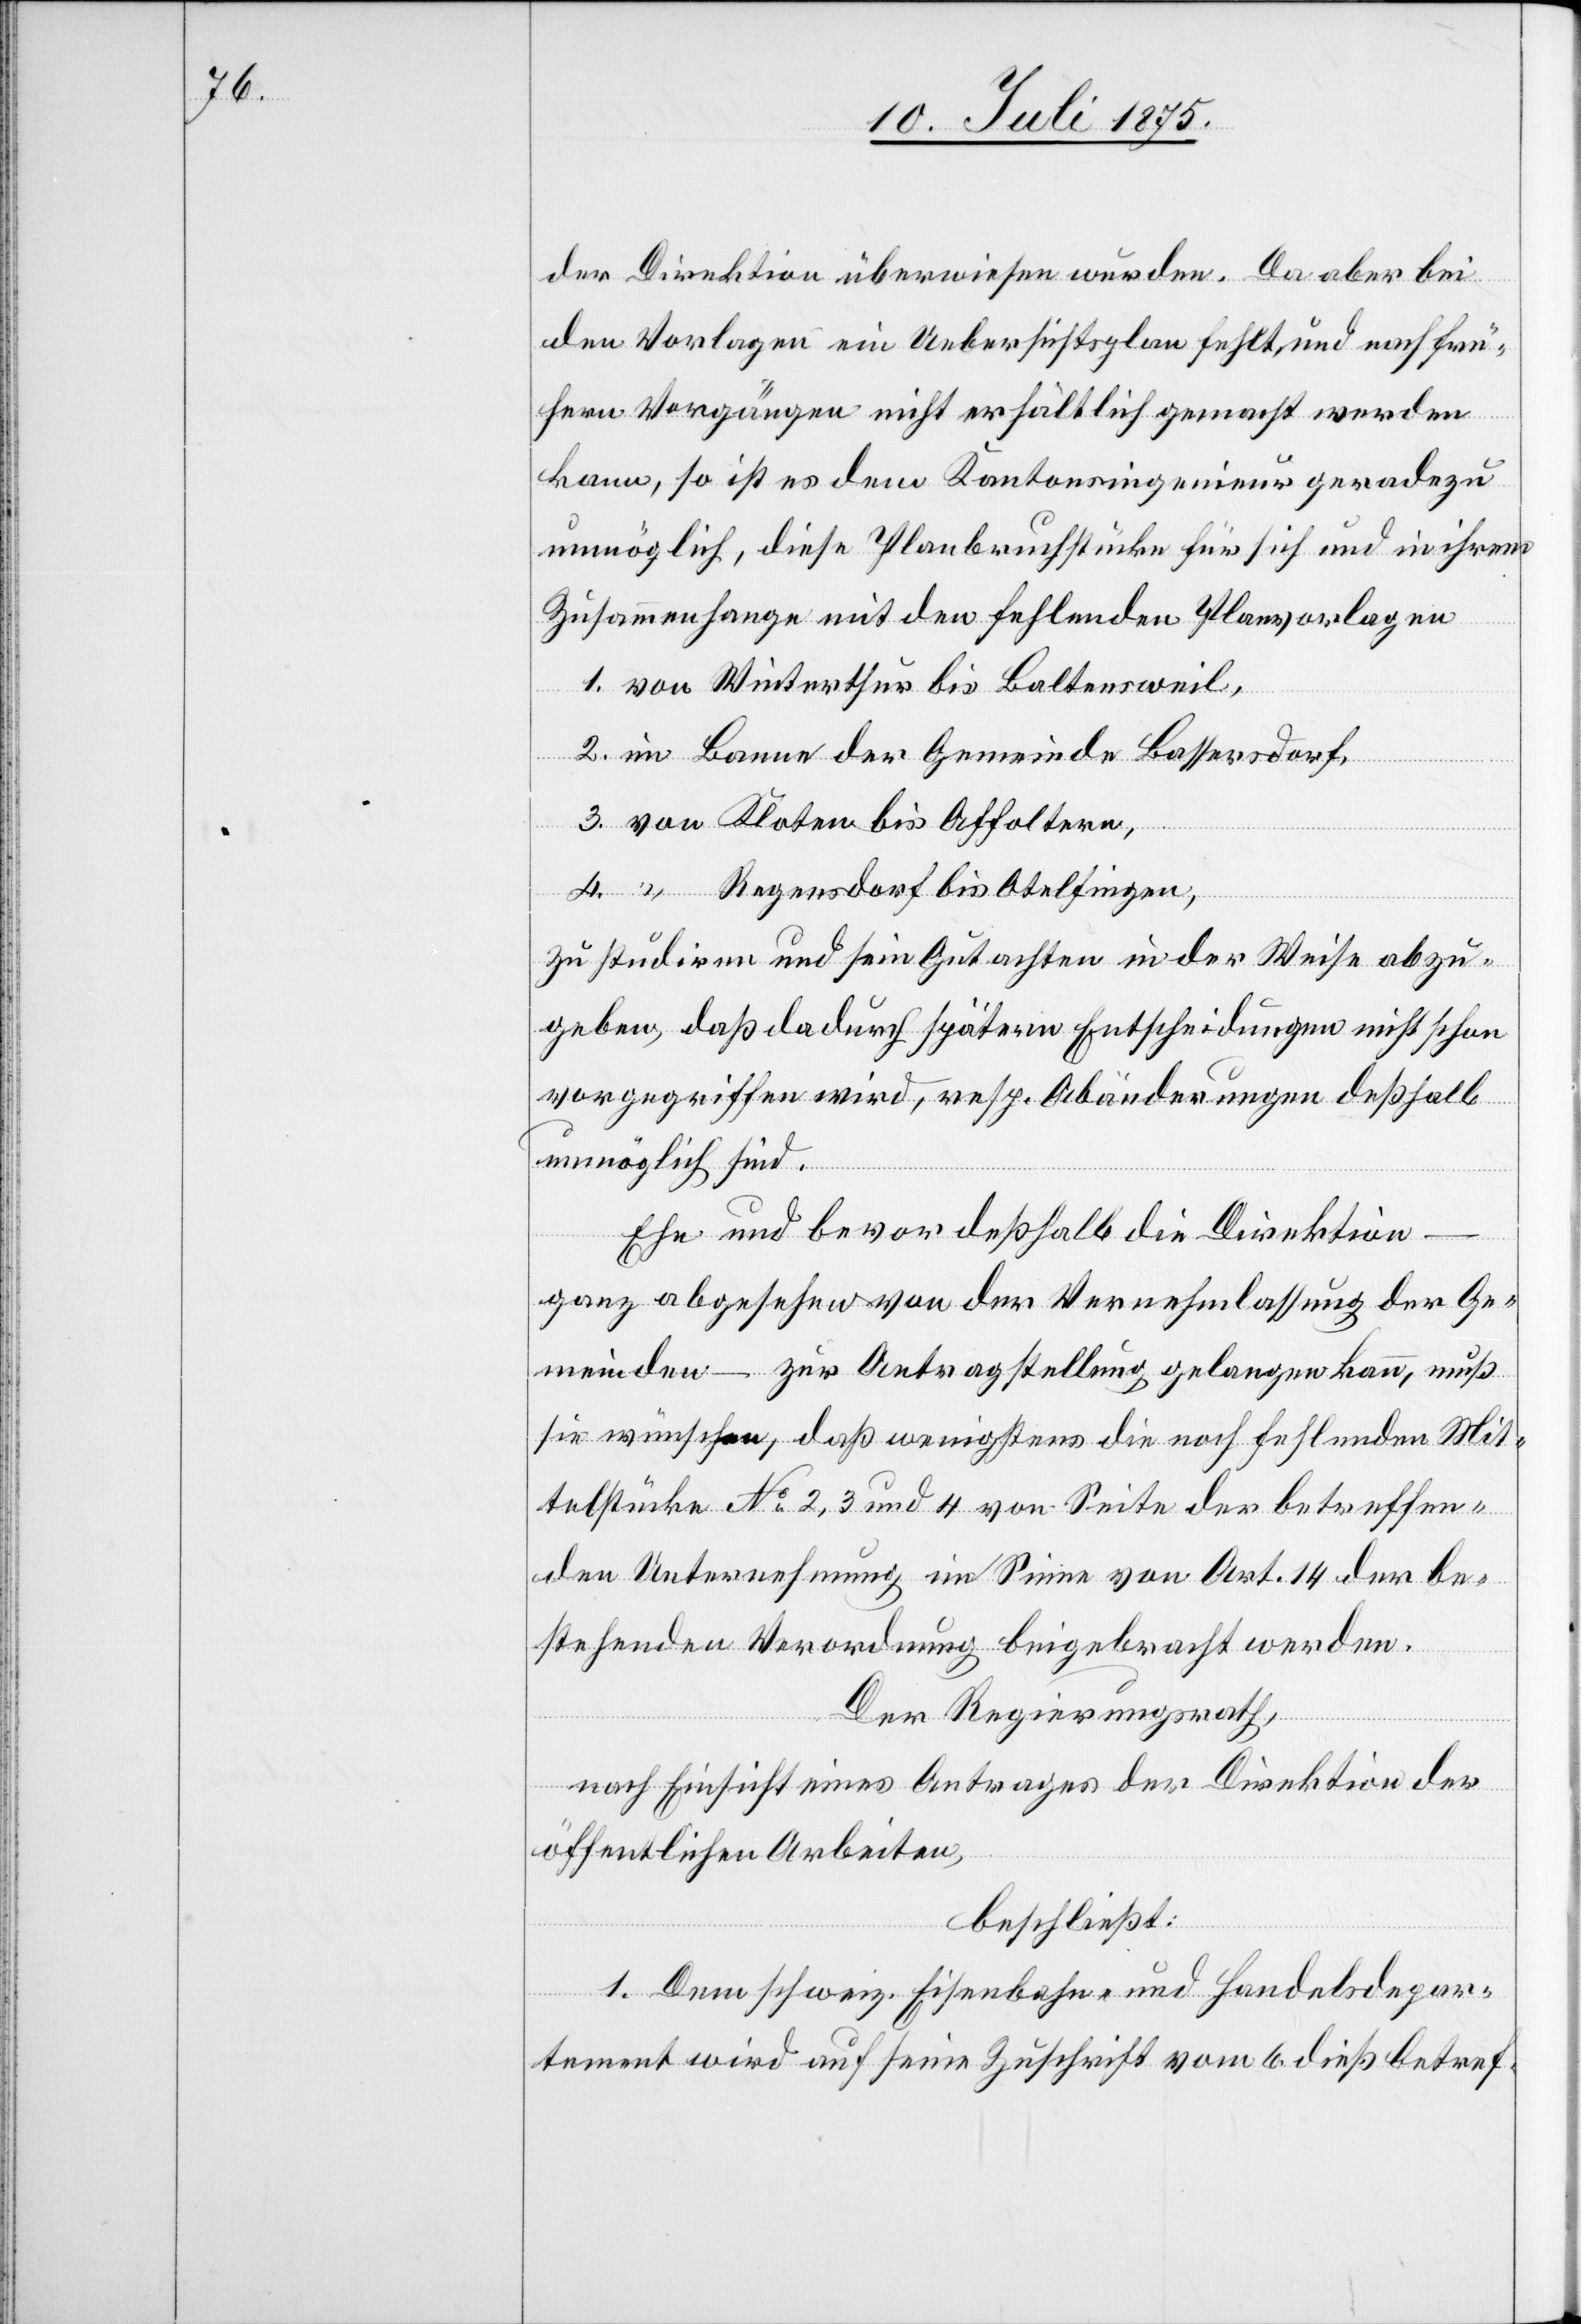
der Direktion überwiesen wurden. Da aber bei
den Vorlagen ein Uebersichtsplan fehlt, und nach frü¬
hern Vorgängen nicht erhältlich gemacht werden
kann, so ist es dem Kantonsingenieur geradezu
unmöglich, diese Planbruchstücke für sich und in ihrem
Zusammenhange mit den fehlenden Planvorlagen
1. von Winterthur bis Baltensweil,
2. im Banne der Gemeinde Bassersdorf,
3. von Kloten bis Affoltern,
4. “ Regendorf bis Otelfingen,
zu studiren und sein Gutachten in der Weise abzu¬
geben, daß dadurch spätern Entscheidungen nicht schon
vorgegriffen wird, resp. Abänderungen deßhalb
unmöglich sind.
Ehe und bevor deßhalb die Direktion
–
ganz abgesehen von der Vernehmlassung der Ge¬
meinden – zur Antragstellung gelangen kann, muß
sie wünschen, daß wenigstens die noch fehlenden Mit¬
telstücke No 2, 3 und 4 von Seite der betreffen¬
den Unternehmung im Sinne von Art. 14 der be¬
stehenden Verordnung beigebracht werden.
Der Regierungsrath,
nach Einsicht eines Antrages der Direktion der
öffentlichen Arbeiten,
beschließt:
1. Dem schweiz. Eisenbahn- und Handelsdepar¬
tement wird auf seine Zuschrift vom 6. dieß betref-